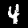
Digit: 4